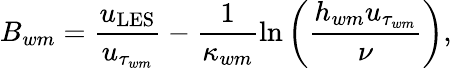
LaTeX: B_{wm}=\frac{u_{\mathrm{LES}}}{u_{\tau_{wm}}}-\frac{1}{\kappa_{wm}}\ln\left(\frac{h_{wm}u_{\tau_{wm}}}{\nu}\right),